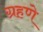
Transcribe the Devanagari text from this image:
ग्रहणे